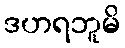
ဒဟရဘူမိ